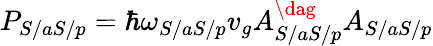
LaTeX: P_{S/aS/p}=\hbar\omega_{S/aS/p}v_{g}A_{S/aS/p}^{\dag}A_{S/aS/p}